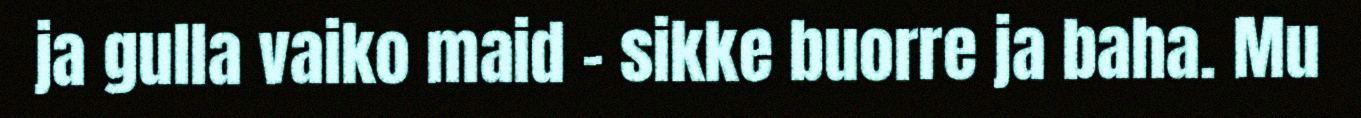
ja gulla vaiko maid – sikke buorre ja baha. Mu